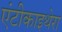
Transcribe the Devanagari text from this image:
एंटीकाइथेरा